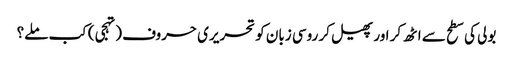
بولی کی سطح سے اٹھ کر اور پھیل کر روسی زبان کو تحریری حروف (تہجی) کب ملے؟